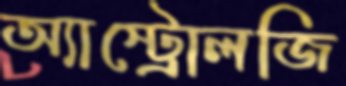
অ্যাস্ট্রোলজি